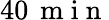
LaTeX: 40\, \mathrm{~m~i~n~}